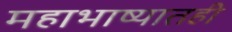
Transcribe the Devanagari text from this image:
महाभाष्यातही